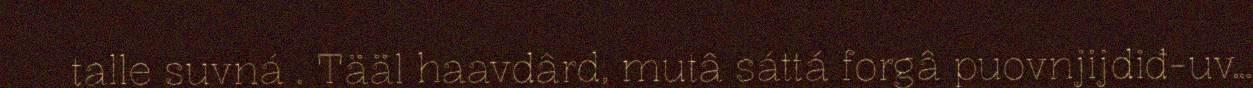
talle suvná . Tääl haavdârd, mutâ sáttá forgâ puovnjijdiđ-uv…